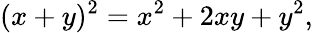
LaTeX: (x+y)^{2}=x^{2}+2xy+y^{2},